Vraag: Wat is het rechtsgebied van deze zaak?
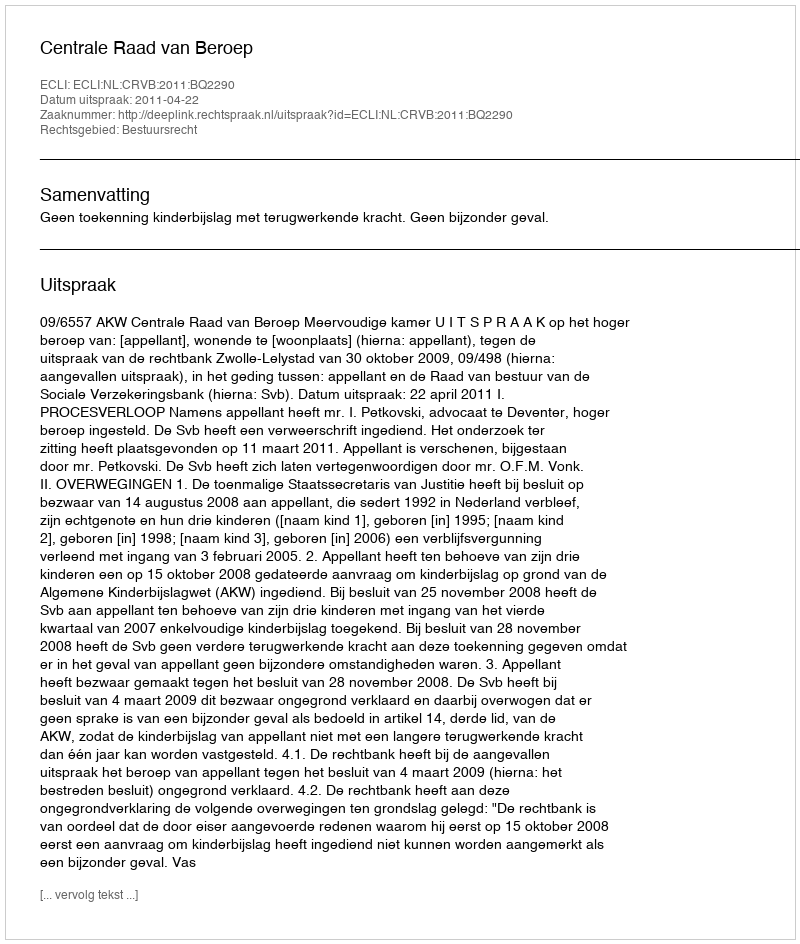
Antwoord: Bestuursrecht